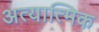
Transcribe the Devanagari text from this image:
अत्यात्मिक